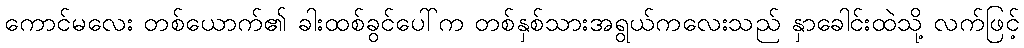
ကောင်မလေး တစ်ယောက်၏ ခါးထစ်ခွင်ပေါ်က တစ်နှစ်သားအရွယ်ကလေးသည် နှာခေါင်းထဲသို့ လက်ဖြင့်